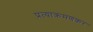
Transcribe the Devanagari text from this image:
प्रत्याक्रमणकर